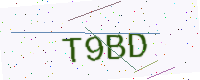
Text: T9BD